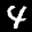
Label: 4